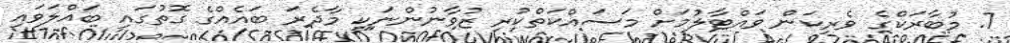
7. މުބާރަކްގެ ވެރިކަން ވައްޓާލުމަށް މަސައްކަތްކުރި ޒުވާނުންނަކީ މާދެރަ ބައެއްގެ ގޮތުގައި ބައްލަވައި